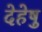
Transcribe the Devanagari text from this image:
देहेषु